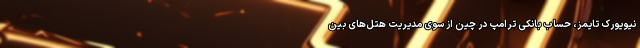
نیویورک تایمز، حساب بانکی ترامپ در چین از سوی مدیریت هتل‌های بین‌